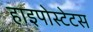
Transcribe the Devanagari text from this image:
हाइपोस्टेटस